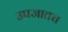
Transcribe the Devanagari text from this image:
उपजातच